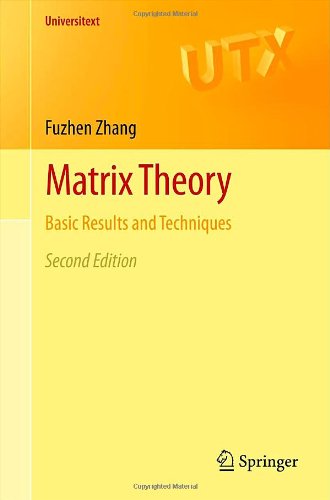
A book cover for Matrix Theory: Basic Results and Techniques (Universitext); Fuzhen Zhang; Science & Math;